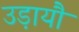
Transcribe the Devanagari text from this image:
उड़ायौ